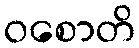
ဝစောတိ